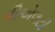
વીએલટી